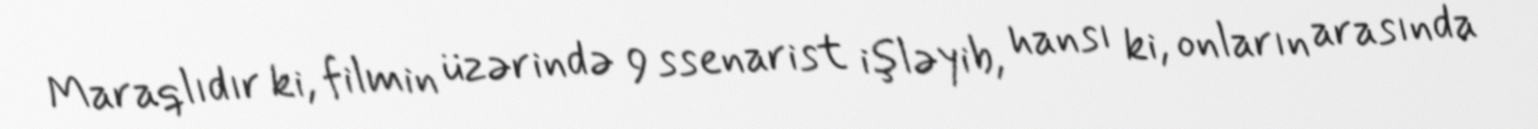
Maraqlıdır ki, filmin üzərində 9 ssenarist işləyib, hansı ki, onların arasında